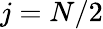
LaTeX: j=N/2